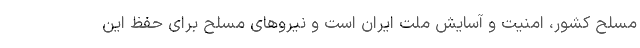
مسلح کشور، امنیت و آسایش ملت ایران است و نیروهای مسلح برای حفظ این